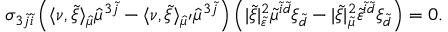
\sigma _ { 3 \tilde { j } \tilde { i } } \left( \langle \nu , \tilde { \xi } \rangle _ { \hat { \mu } } \hat { \mu } ^ { 3 \tilde { j } } - \langle \nu , \tilde { \xi } \rangle _ { \hat { \mu } ^ { \prime } } \hat { \mu } ^ { 3 \tilde { j } } \right) \left( \lvert \tilde { \xi } \rvert _ { \tilde { \varepsilon } } ^ { 2 } \tilde { \mu } ^ { \tilde { i } \tilde { d } } \xi _ { \tilde { d } } - \lvert \tilde { \xi } \rvert _ { \tilde { \mu } } ^ { 2 } \tilde { \varepsilon } ^ { \tilde { i } \tilde { d } } \xi _ { \tilde { d } } \right) = 0 .